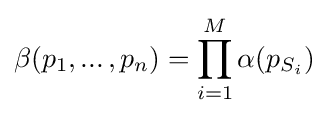
\beta (p_{1},...\,,p_{n})=\prod _{i=1}^{M}\alpha (p_{S_{i}})